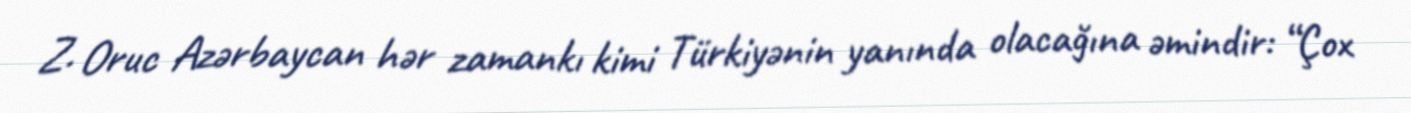
Z. Oruc Azərbaycan hər zamankı kimi Türkiyənin yanında olacağına əmindir: “Çox